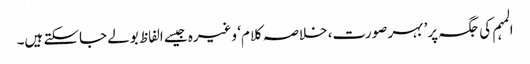
المہم کی جگہ پر’ بہر صورت، خلاصہ کلام‘ وغیرہ جیسے الفاظ بولے جاسکتے ہیں۔